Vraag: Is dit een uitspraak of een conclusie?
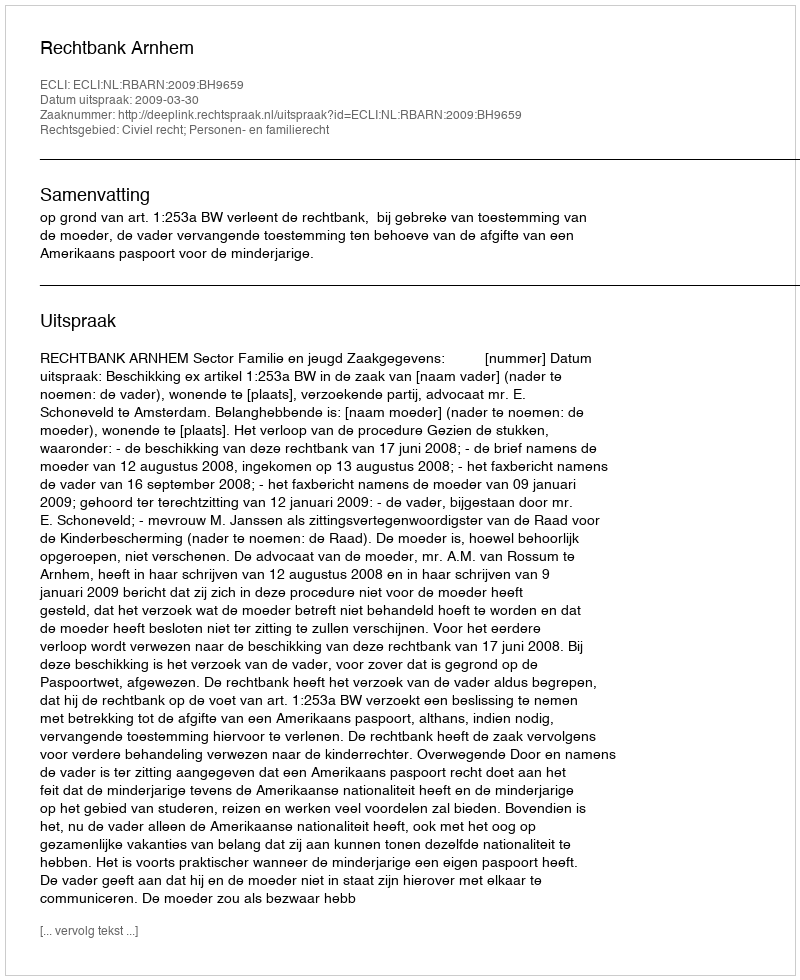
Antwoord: Uitspraak